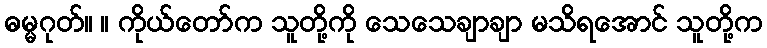
ဓမ္မဂုတ်။ ။ ကိုယ်တော်က သူတို့ကို သေသေချာချာ မသိရအောင် သူတို့က